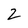
Character: 2